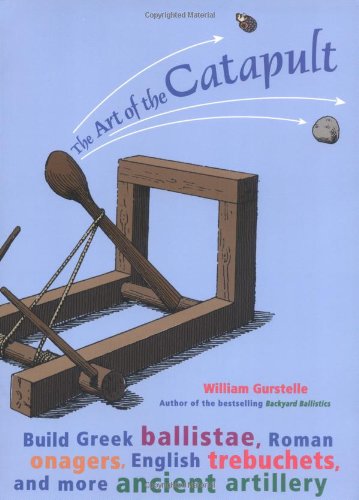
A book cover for The Art of the Catapult: Build Greek Ballistae, Roman Onagers, English Trebuchets, and More Ancient Artillery; William Gurstelle; Children's Books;